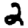
Digit: 2